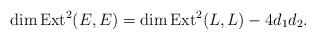
LaTeX: \begin{align*}\dim\mathrm{Ext}^2(E,E)=\dim\mathrm{Ext}^2(L,L)-4d_1d_2.\end{align*}